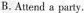
B.Attend a party.